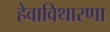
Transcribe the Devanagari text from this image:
हेवाविथारणा